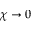
\chi \to 0